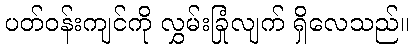
ပတ်ဝန်းကျင်ကို လွှမ်းခြုံလျက် ရှိလေသည်။